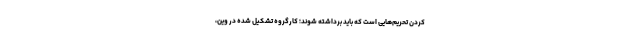
کردن تحریم‌هایی است که باید برداشته شوند؛ کارگروه تشکیل شده در وین،